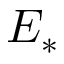
E _ { * }